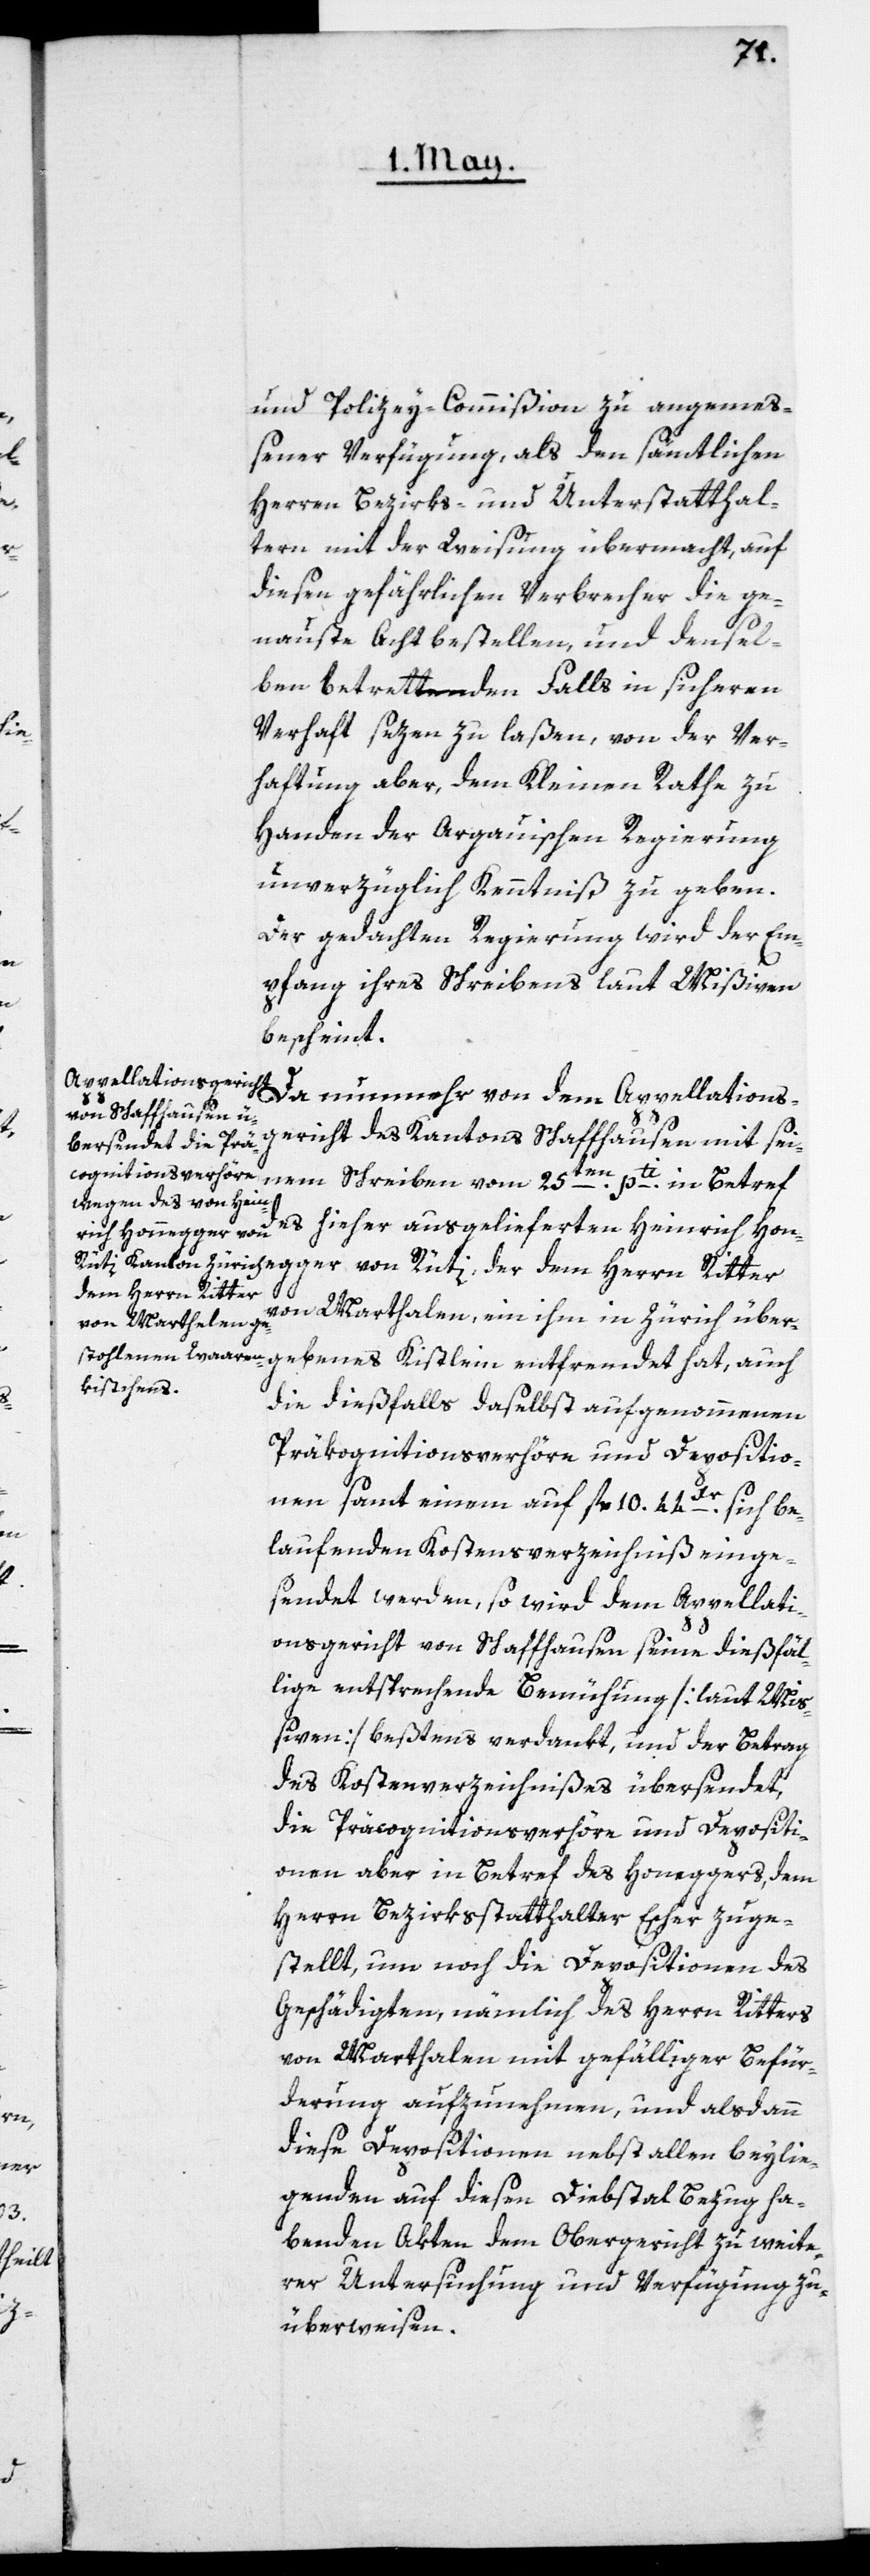
und Polizey-Commißion zu angemeß¬
ener Verfügung, als den sämtlichen
Herren Bezirks- und Unterstatthal¬
tern mit der Weisung übermacht, auf
diesen gefährlichen Verbrecher die ge¬
naueste Acht bestellen, und densel¬
ben betrettenden Falls in sicheren
Verhaft sezen zu laßen, von der Ver¬
haftung aber, dem Kleinen Rathe zu
Handen der Argauischen Regierung
unverzüglich Kenntniß zu geben.
Der gedachten Regierung wird der Em¬
pfang ihres Schreibens laut Mißiven
bescheint.
Da nunmehr von dem Appellations¬
gericht des Kantons Schaffhausen mit sei¬
ebenes
nem Schreiben vom 25ten pti in Betreff
des hieher ausgelieferten Heinrich Hone¬
dem Herrn Ritter
von Marthalen ein ihm in Zürich überg¬
die dießfalls daselbst aufgenommenen
Präcognitionsverhöre und Depositio¬
nen samt einem auf fl. 10. 44Xr. sich be¬
laufenden Kostensverzeichniß einge¬
sendet werden, so wird dem Appellati¬
onsgericht von Schaffhausen seine dießfäl¬
lige entsprechende Bemühung [laut Mi¬
ßiven] beßtens verdankt, und der Betrag
des Kostenverzeichnißes übersendet,
die Präcognitionsverhöre und Depositi¬
onen aber in Betref des Honeggers, dem
Herrn Bezirksstatthalter Escher zuge¬
stellt, um noch die Depositionen des
Geschädigten, nämlich des Herrn Ritters
von Marthalen mit gefälliger Befür¬
derung aufzunehmen, und alsdann
diese Depositionen nebst allen beylie¬
genden auf diesen Diebstal Bezug ha¬
benden Akten dem Obergericht zu weite¬
rer Untersuchung und Verfügung zu
überweisen.